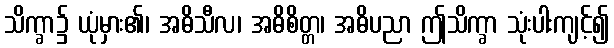
သိက္ခာ၌ ယုံမှား၏၊ အဓိသီလ၊ အဓိစိတ္တ၊ အဓိပညာ ဤသိက္ခာ သုံးပါးကျင့်၍